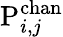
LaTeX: \mathrm{P}_{i,j}^{\mathrm{chan}}